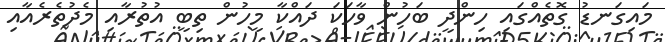
މައިގަނޑު ގޮތެއްގައި ހިންދީ ބަހުން ވާހަކަ ދައްކާ މީހުން ތިބީ އުތުރާއި މެދުތެރެއާއި